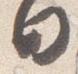
日